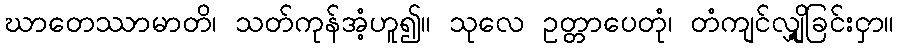
ဃာတေဿာမာတိ၊ သတ်ကုန်အံ့ဟူ၍။ သုလေ ဥတ္တာပေတုံ၊ တံကျင်လျှို့ခြင်းငှာ။